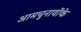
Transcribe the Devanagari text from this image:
आमचुनावोंके